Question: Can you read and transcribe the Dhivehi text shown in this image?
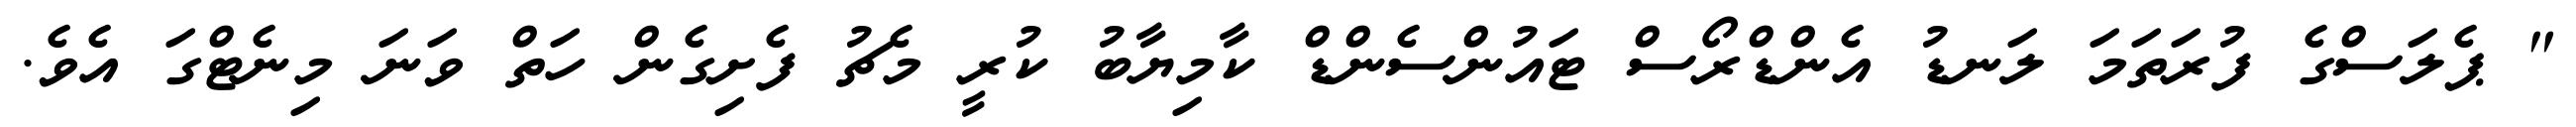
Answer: " ޕެލަސްގެ ފުރަތަމަ ލަނޑު އެންޑްރޯސް ޓައުންސެންޑް ކާމިޔާބު ކުރީ މެޗު ފެށިގެން ހަތް ވަނަ މިނެޓްގަ އެވެ.